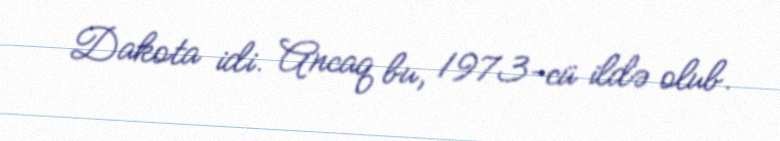
Dakota idi. Ancaq bu, 1973-cü ildə olub.